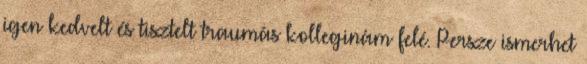
igen kedvelt és tisztelt traumás kolleginám felé. Persze ismerhet